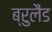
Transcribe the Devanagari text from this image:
ब्रुलैंड